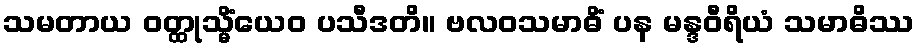
သမတာယ ဝတ္ထုသ္မိံယေဝ ပသီဒတိ။ ဗလဝသမာဓိံ ပန မန္ဒဝီရိယံ သမာဓိဿ